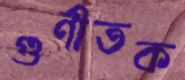
গুণীতক